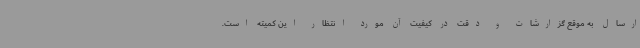
ارسال به موقع گزارشات و دقت در کیفیت آن مورد انتظار این کمیته است.